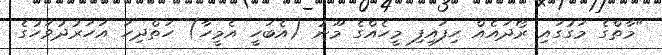
"މާތްގެ މަގުގައި ރޯދައެއް ހިފައިފި މީހެއްގެ މޫނު (އެބަހީ އެމީހާ) ހަތްދިހަ އަހަރުދުވަހުގެ